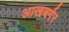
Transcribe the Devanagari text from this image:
आखबर्गर